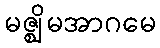
မဇ္ဈိမအာဂမေ